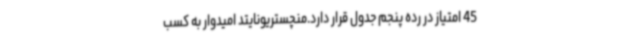
45 امتیاز در رده پنجم جدول قرار دارد.منچستریونایتد امیدوار به کسب